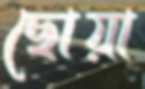
ছোয়া